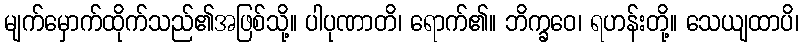
မျက်မှောက်ထိုက်သည်၏အဖြစ်သို့။ ပါပုဏာတိ၊ ရောက်၏။ ဘိက္ခဝေ၊ ရဟန်းတို့။ သေယျထာပိ၊